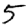
Digit: 5